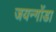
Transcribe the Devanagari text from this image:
जयन्गोंडा